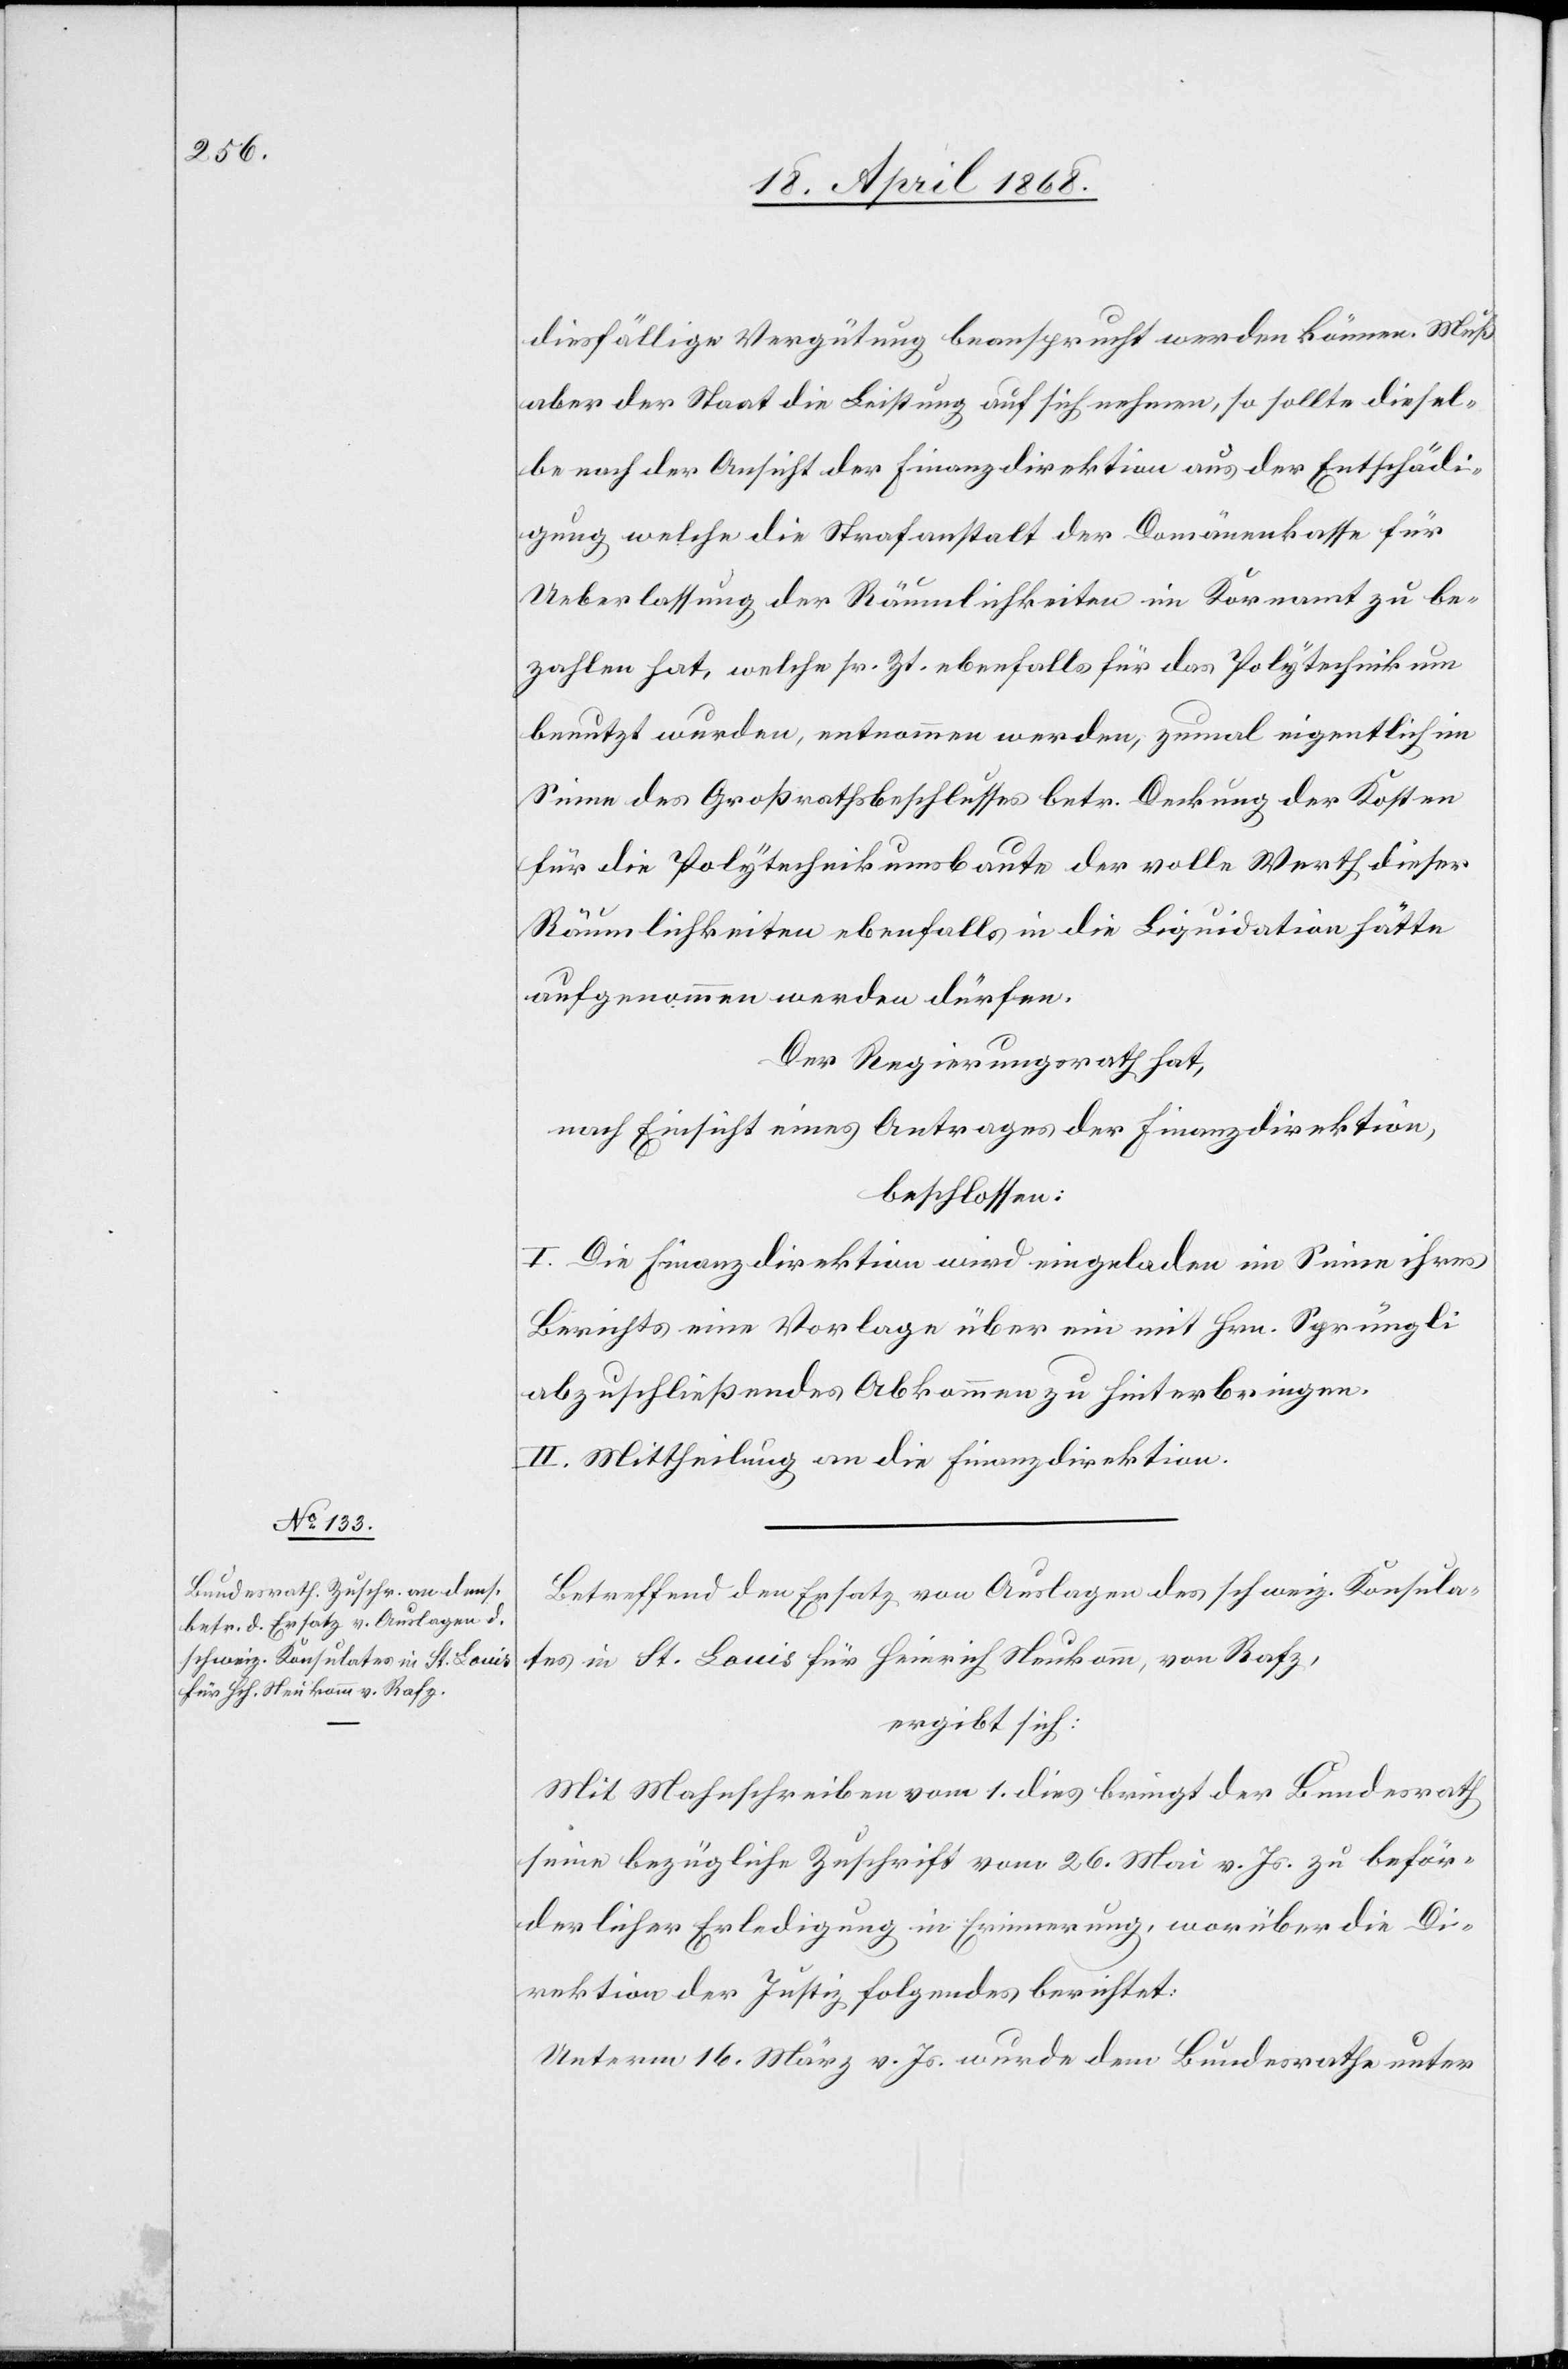
diesfällige Vergütung beansprucht werden können. Muß
aber der Staat die Leistung auf sich nehmen, so sollte diesel¬
be nach der Ansicht der Finanzdirektion aus der Entschädi¬
gung welche die Strafanstalt der Domänenkasse für
Ueberlassung der Räumlichkeiten im Kornamt zu be¬
zahlen hat, welche sr. Zt. ebenfalls für das Polytechnikum
benutzt wurden, entnommen werden, zumal eigentlich im
Sinne des Großrathsbeschlusses betr. Deckung der Kosten
für die Polytechnikumsbaute der volle Werth dieser
Räumlichkeiten ebenfalls in die Liquidation hätte
aufgenommen werden dürfen.
Der Regierungsrath hat,
nach Einsicht eines Antrages der Finanzdirektion,
beschlossen:
I. Die Finanzdirektion wird eingeladen im Sinne ihres
Berichts eine Vorlage über ein mit Hrn. Sprüngli
abzuschließendes Abkommen zu hinterbringen.
II. Mittheilung an die Finanzdirektion.
Betreffend den Ersatz von Auslagen des schweiz. Konsula¬
tes in St. Louis für Heinrich Neukomm, von Rafz,
ergibt sich:
Mit Mahnschreiben vom 1. dies bringt der Bundesrath
seine bezügliche Zuschrift vom 26. Mai v. Js. zu beför¬
derlicher Erledigung in Erinnerung, worüber die Di¬
rektion der Justiz folgendes berichtet:
Unterm 16. März v. Js. wurde dem Bundesrathe unter